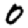
Digit: 0